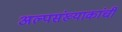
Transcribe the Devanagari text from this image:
अल्पसंख्याकांची